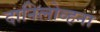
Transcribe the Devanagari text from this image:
दानिलोव्हना